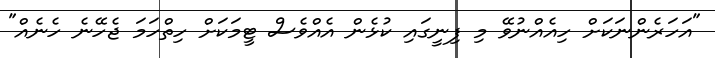
"އަހަރެންނަކަށް ހިއެއްނުވޭ މި ފިނީގައި ކުޅެން އެއްވެސް ޓީމަކަށް ހިތްހަމަ ޖެހޭނެ ހެނެއް"